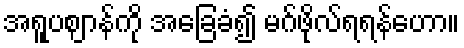
အရူပဈာန်ကို အခြေခံ၍ မဂ်ဖိုလ်ရရန်ဟော။